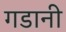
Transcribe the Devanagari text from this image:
गडानी